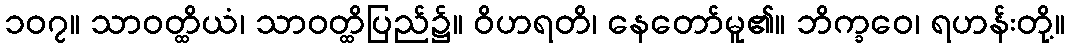
၁၀၇။ သာဝတ္ထိယံ၊ သာဝတ္ထိပြည်၌။ ဝိဟရတိ၊ နေတော်မူ၏။ ဘိက္ခဝေ၊ ရဟန်းတို့။